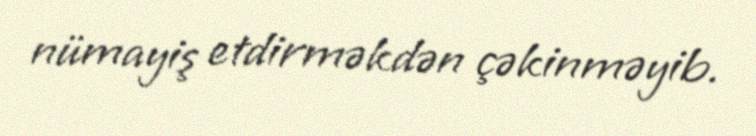
nümayiş etdirməkdən çəkinməyib.